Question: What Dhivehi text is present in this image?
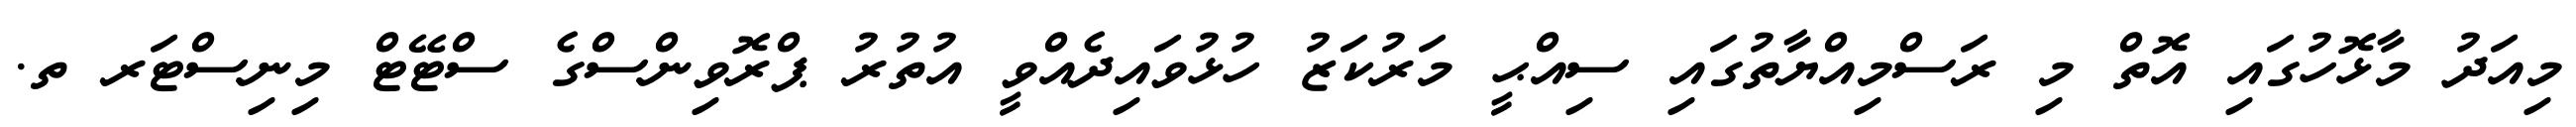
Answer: މިއަދު މާޅޮހުގައި އޮތް މި ރަސްމިއްޔާތުގައި ސިއްޙީ މަރުކަޒު ހުޅުވައިދެއްވީ އުތުރު ޕްރޮވިންސްގެ ސްޓޭޓް މިނިސްޓަރ ތ.